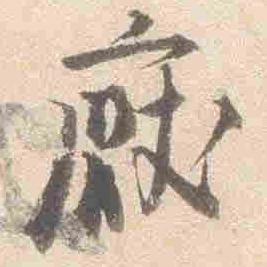
厭